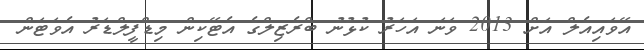
އޭވައިއެލް އަށް 2013 ވަނަ އަހަރު ކުޅުނު ބްރެޒިލްގެ އެޓޭކިން މިޑްފީލްޑަރު އެވަޓަން